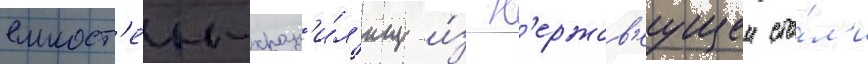
емкост'еи-хран'и́л'ищ и́з н'ержав'еущеи ста́л'и